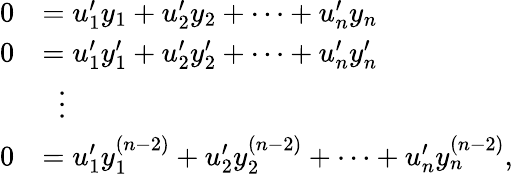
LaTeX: {\begin{array}{rl}{0}&{=u_{1}^{\prime}y_{1}+u_{2}^{\prime}y_{2}+\cdots+u_{n}^{\prime}y_{n}}\\ {0}&{=u_{1}^{\prime}y_{1}^{\prime}+u_{2}^{\prime}y_{2}^{\prime}+\cdots+u_{n}^{\prime}y_{n}^{\prime}}\\ &{\; \; \vdots}\\ {0}&{=u_{1}^{\prime}y_{1}^{(n-2)}+u_{2}^{\prime}y_{2}^{(n-2)}+\cdots+u_{n}^{\prime}y_{n}^{(n-2)},}\end{array}}